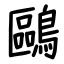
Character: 鷗